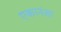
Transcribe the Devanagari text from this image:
एकानंशा